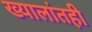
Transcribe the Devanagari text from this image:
ख्यालांतही